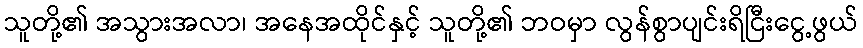
သူတို့၏ အသွားအလာ၊ အနေအထိုင်နှင့် သူတို့၏ ဘဝမှာ လွန်စွာပျင်းရိငြီးငွေ့ဖွယ်